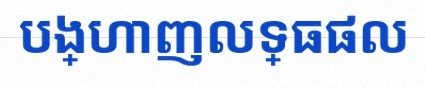
បង្ហាញលទ្ធផល